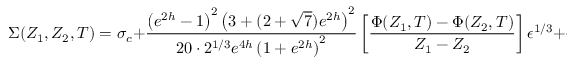
\Sigma ( Z _ { 1 } , Z _ { 2 } , T ) = \sigma _ { c } + { \frac { \left( e ^ { 2 h } - 1 \right) ^ { 2 } \left( 3 + ( 2 + \sqrt { 7 } ) e ^ { 2 h } \right) ^ { 2 } } { 2 0 \cdot 2 ^ { 1 / 3 } e ^ { 4 h } \left( 1 + e ^ { 2 h } \right) ^ { 2 } } } \left[ { \frac { \Phi ( Z _ { 1 } , T ) - \Phi ( Z _ { 2 } , T ) } { Z _ { 1 } - Z _ { 2 } } } \right] \epsilon ^ { 1 / 3 } + { \cal O } ( \epsilon ^ { 2 / 3 } )